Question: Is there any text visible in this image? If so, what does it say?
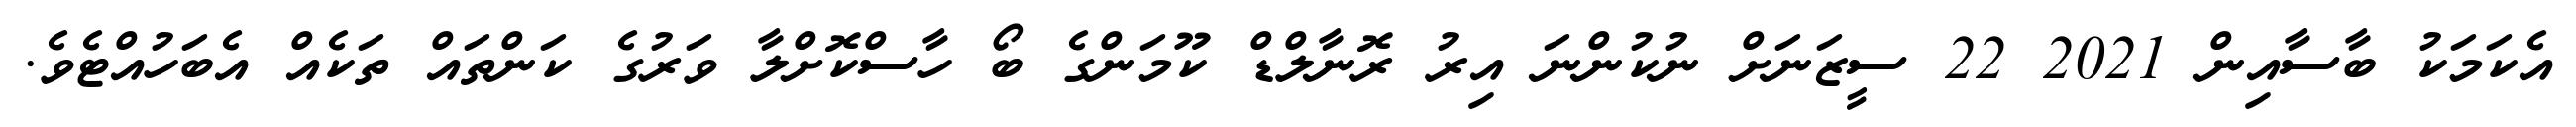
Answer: އެކަމަކު ބާސާއިން 2021 22 ސީޒަނަށް ނުކުންނަ އިރު ރޮނާލްޑް ކޫމަންގެ ބޯ ހާސްކޮށްލާ ވަރުގެ ކަންތައް ތަކެއް އެބަހުއްޓެވެ.